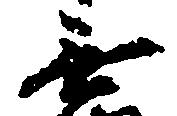
無